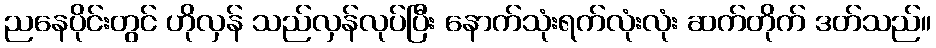
ညနေပိုင်းတွင် ဟိုလှန် သည်လှန်လုပ်ပြီး နောက်သုံးရက်လုံးလုံး ဆက်တိုက် ဒတ်သည်။